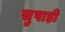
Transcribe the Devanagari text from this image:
सुपाड़ी